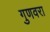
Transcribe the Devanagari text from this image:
गुणवरा